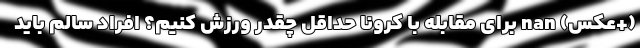
(+عکس) nan برای مقابله با کرونا حداقل چقدر ورزش کنیم؟ افراد سالم باید